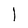
Character: 1